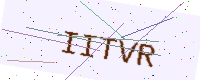
Text: IITVR